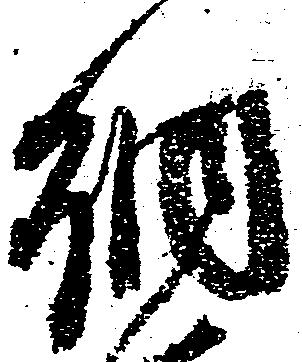
納